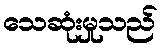
သေဆုံးမှုသည်